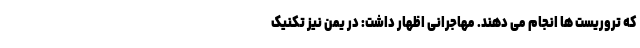
که تروریست ها انجام می دهند. مهاجرانی اظهار داشت: در یمن نیز تکنیک